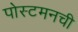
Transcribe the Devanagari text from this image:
पोस्टमनची